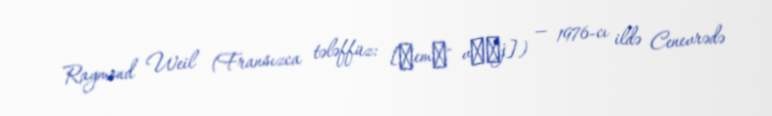
Raymond Weil (Fransızca tələffüz: [ʁemɔ̃ vɛːj]) — 1976-cı ildə Cenevrədə